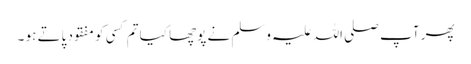
پھر آپ صلی اللہ علیہ وسلم نے پوچھا کیا تم کسی کو مفقود پاتے ہو ۔